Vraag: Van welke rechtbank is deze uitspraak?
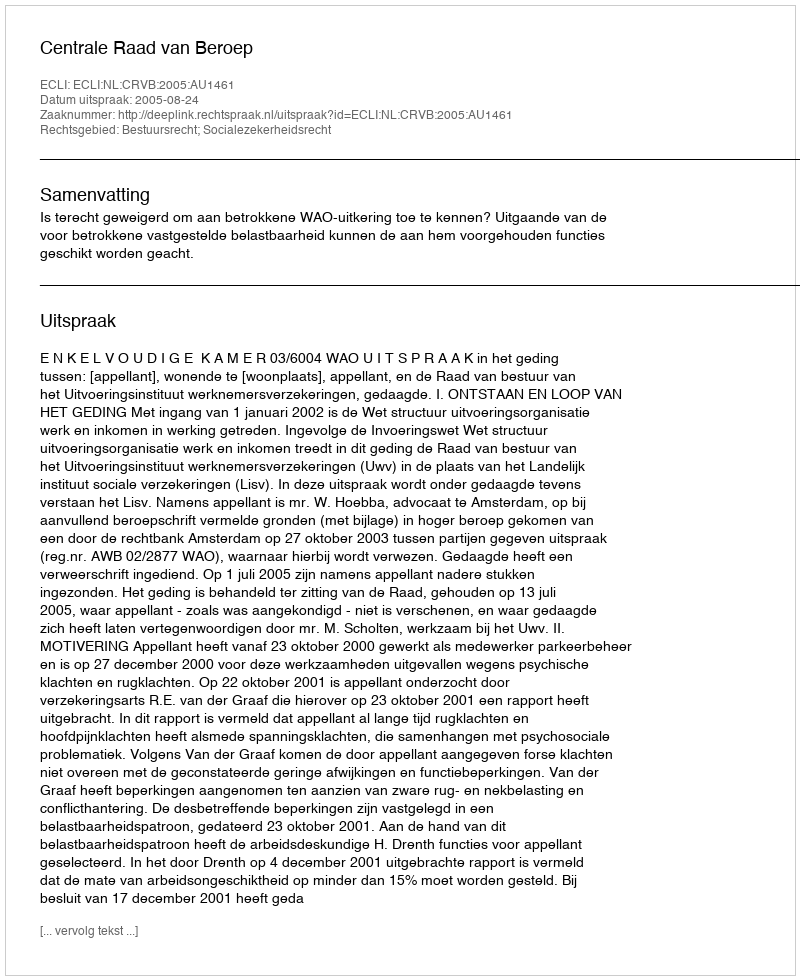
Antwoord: Centrale Raad van Beroep